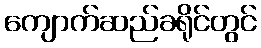
ကျောက်ဆည်ခရိုင်တွင်